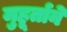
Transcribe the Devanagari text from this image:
मुहूर्ताने